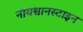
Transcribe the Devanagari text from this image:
नॉयश्वानस्टाइन